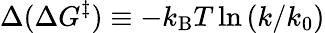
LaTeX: \Delta(\Delta G^{\ddagger})\equiv-k_{\mathrm{B}}T\ln\left({k}/{k_{0}}\right)